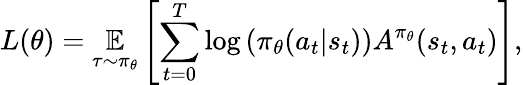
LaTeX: L(\theta)=\underset{\tau\sim\pi_{\theta}}{\mathbb{E}}\left[\sum_{t=0}^{T}\log\left(\pi_{\theta}(a_{t}\vert s_{t})\right)A^{\pi_{\theta}}(s_{t},a_{t})\right],